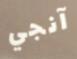
آنجي